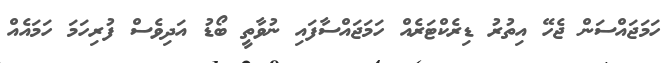
ހަމަޖައްސަން ޖެހޭ އިތުރު ޑިރެކްޓަރެއް ހަމަޖައްސާފައި ނުވާތީ ބޯޑު އަދިވެސް ފުރިހަމަ ހަމައެއް